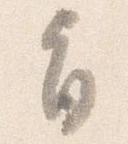
旨